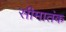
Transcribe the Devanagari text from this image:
सीमातंक